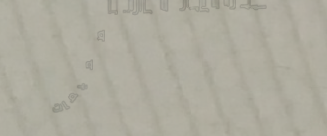
أثاث منزلي عصري: تصميمات